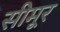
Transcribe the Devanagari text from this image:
सीमूर